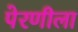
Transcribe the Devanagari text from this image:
पेरणीला